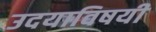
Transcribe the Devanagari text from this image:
उदयाविषयी